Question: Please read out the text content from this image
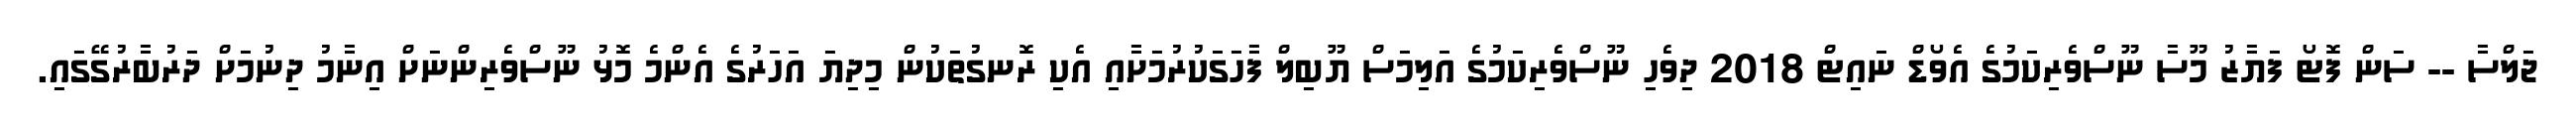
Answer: ޖަލްސާ -- ސަން ފޮޓޯ ފަޔާޒު މޫސާ ނޫސްވެރިކަމުގެ އެވޯޑް ނައިޓް 2018 ދިވެހި ނޫސްވެރިކަމުގެ އަލިމަސް ޔޫބިލް ފާހަގަކުރުމަށާއި އެކި ރޮނގުތަކުން މިދިޔަ އަހަރުގެ އެންމެ މޮޅު ނޫސްވެރިންނަށް އިނާމު ދިނުމަށް ދަރުބާރުގޭގައި.